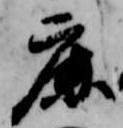
鹿